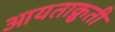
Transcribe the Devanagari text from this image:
आयताक्रुती